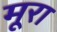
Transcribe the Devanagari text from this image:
मूरा